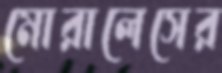
মোরালেসের